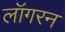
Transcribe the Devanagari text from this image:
लॉगरन